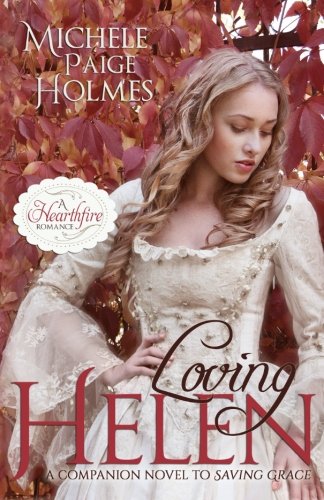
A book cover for Loving Helen (A Hearthfire Romance) (Volume 2); Michele Paige Holmes; Romance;